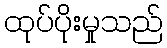
ထုပ်ပိုးမှုသည်